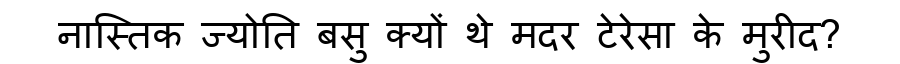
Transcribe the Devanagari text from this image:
नास्तिक ज्योति बसु क्यों थे मदर टेरेसा के मुरीद?